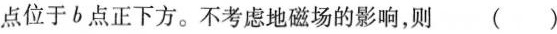
点位于b点正下方。不考虑地磁场的影响，则 ( )